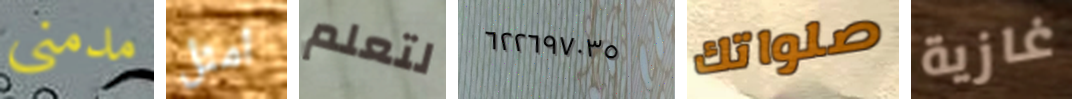
مدمني امثل لتعلم ٦٢٢٦٩٧٠٣٥ صلواتك غازية